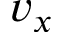
v _ { x }